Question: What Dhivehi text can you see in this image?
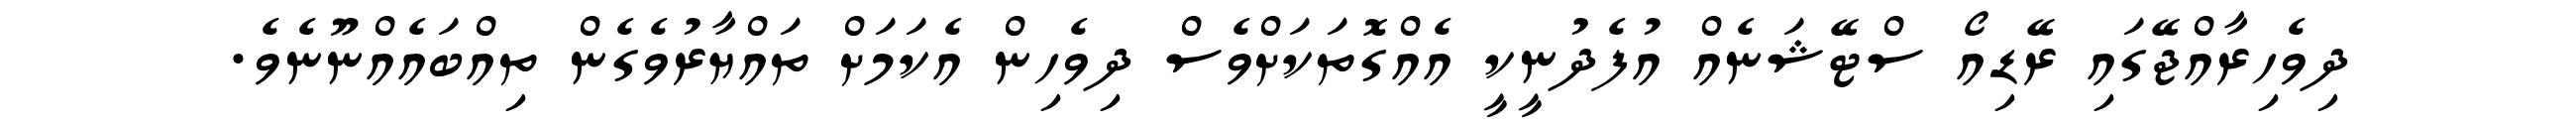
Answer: ދިވެހިރާއްޖޭގައި ރޭޑިއޯ ސްޓޭޝަނެއް އުފެދުނީކީ އެއްގޮތަކަށްވެސް ދިވެހިން އެކަމަށް ތައްޔާރުވެގެން ތިއްބައެއްނޫނެވެ.